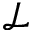
\mathcal { L }